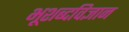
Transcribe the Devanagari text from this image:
भूशब्दविज्ञान